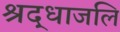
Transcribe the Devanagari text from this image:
श्रद्धाजलि